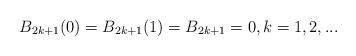
LaTeX: \begin{align*} B_{2k+1}(0)=B_{2k+1}(1)=B_{2k+1}=0, k=1,2,...\end{align*}